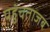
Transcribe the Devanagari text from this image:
पहुंचताजब